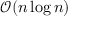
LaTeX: { \mathcal { O } } ( n \log n )